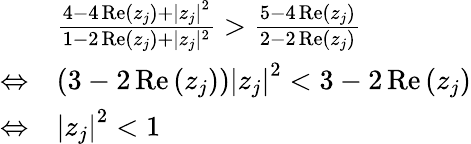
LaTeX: \begin{array}{rl}&{\frac{4-4\operatorname{Re}\left(z_{j}\right)+\left.|z_{j}\right|^{2}}{1-2\operatorname{Re}\left(z_{j}\right)+|z_{j}|^{2}}>\frac{5-4\operatorname{Re}\left(z_{j}\right)}{2-2\operatorname{Re}\left(z_{j}\right)}}\\ {\Leftrightarrow}&{\left.\left(3-2\operatorname{Re}\left(z_{j}\right)\right)|z_{j}\right|^{2}<3-2\operatorname{Re}\left(z_{j}\right)}\\ {\Leftrightarrow}&{\left|z_{j}\right|^{2}<1}\end{array}